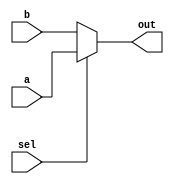
`timescale 1ns / 1ps
//2-to-1 mux
module mux2 #(parameter WIDTH = 5)
(   input [WIDTH-1:0] a, b,
    input sel,
    output reg [WIDTH-1:0] out );


always @(*)
begin
    case (sel)
        1'b1: out = a;
        default: out = b;
    endcase
end
endmodule